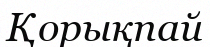
Қорықпай